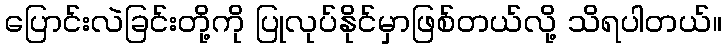
ပြောင်းလဲခြင်းတို့ကို ပြုလုပ်နိုင်မှာဖြစ်တယ်လို့ သိရပါတယ်။